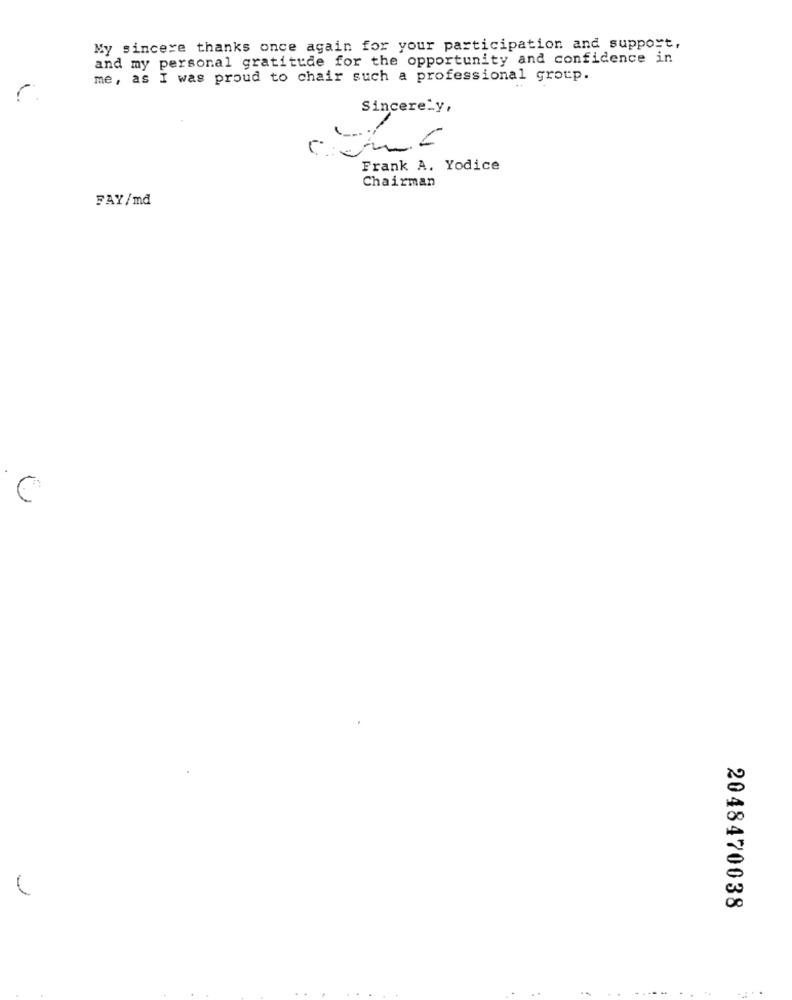
My sincere thanks once again for your participation and support,
and my personal gratitude for the opportunity and confidence in
me, as I was proud to chair such a professional group.
Sincerely,
Frank A. Yodice
Chairman
FAY/md
2048470038
..